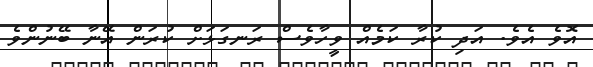
އޮވެ އެވެ. އަދި ކުރާ ކަމެއް ވީހާވެސް ރަނގަޅަށް ކުރަން އޭނާ ބޭނުންވެ